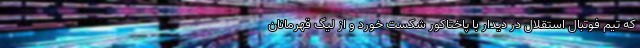
که تیم فوتبال استقلال در دیدار با پاختاکور شکست خورد و از لیگ قهرمانان